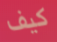
كيف